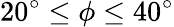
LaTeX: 20^{\circ}\le\phi\le 40^{\circ}